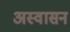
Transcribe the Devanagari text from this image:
अस्वासन